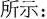
所示：